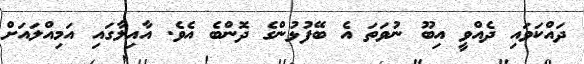
ދައްކަވައި ދެއްވީ އިބޫ ނުވަތަ އެ ބޭފުޅުންގެ ދޮންބެ އެވެ. އާއިލާގައި އަމިއްލައަށް